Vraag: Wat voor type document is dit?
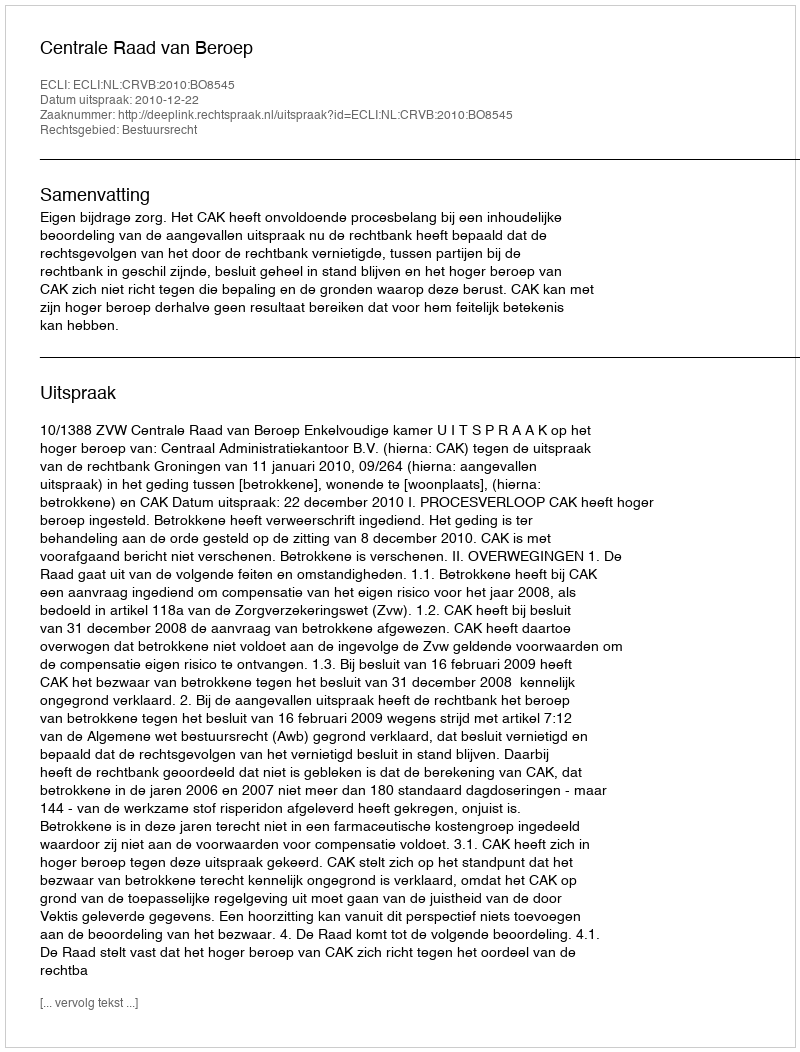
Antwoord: Uitspraak